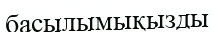
басылымықызды